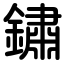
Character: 鏽